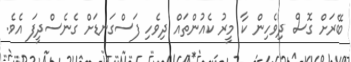
ބޭރަށް ގޮސް ދިވެހިން ކާ މީރު ކެއުންތައް ދިވެހި ފަސްގަނޑަށް ގެނެސްދީފަ އެވެ.